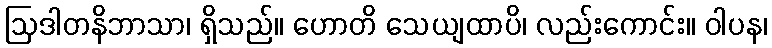
ဩဒါတနိဘာသာ၊ ရှိသည်။ ဟောတိ သေယျထာပိ၊ လည်းကောင်း။ ဝါပန၊